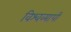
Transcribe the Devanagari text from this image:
विश्वव्‍यापी